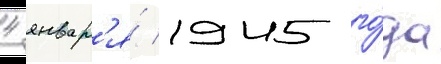
4 январ'я́ 1945 го́да